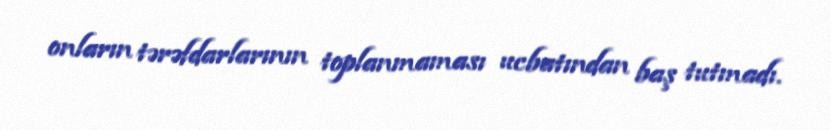
onların tərəfdarlarının toplanmaması ucbatından baş tutmadı.